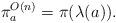
LaTeX: \begin{align*} \pi_a^{O(n)} = \pi( \lambda(a_{})).\end{align*}